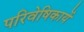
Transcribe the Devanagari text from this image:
परिवेषिकायें